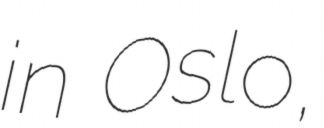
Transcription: in Oslo,